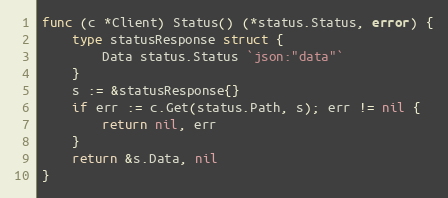
Language: Go
func (c *Client) Status() (*status.Status, error) {
	type statusResponse struct {
		Data status.Status `json:"data"`
	}
	s := &statusResponse{}
	if err := c.Get(status.Path, s); err != nil {
		return nil, err
	}
	return &s.Data, nil
}